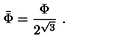
\bar { \Phi } = \frac { \Phi } { 2 ^ { \sqrt { 3 } } } \ .